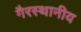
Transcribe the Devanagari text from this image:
गैरस्थानीय